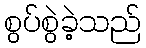
စွပ်စွဲခဲ့သည်